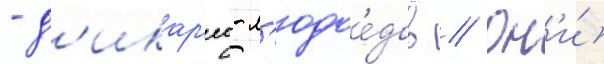
- д'икар'еи-л'юдое́дов // Он'и́